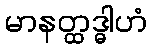
မာနတ္ထဒ္ဓါဟံ